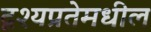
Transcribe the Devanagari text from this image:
दृश्यप्रतेमधील